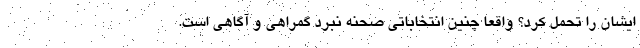
ایشان را تحمل کرد؟ واقعا چنین انتخاباتی صحنه نبرد گمراهی و آگاهی است.